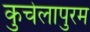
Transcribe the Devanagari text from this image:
कुचेलापुरम